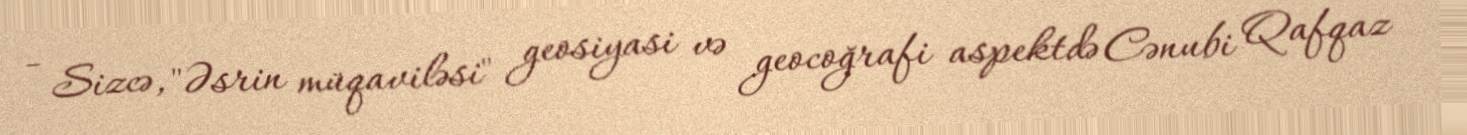
- Sizcə, "Əsrin müqaviləsi" geosiyasi və geocoğrafi aspektdə Cənubi Qafqaz